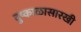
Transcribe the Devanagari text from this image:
दुष्काळासारखी